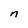
Character: n